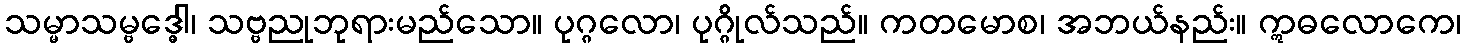
သမ္မာသမ္ဗဒ္ဓေါ၊ သဗ္ဗညုဘုရားမည်သော။ ပုဂ္ဂလော၊ ပုဂ္ဂိုလ်သည်။ ကတမောစ၊ အဘယ်နည်း။ ဣဓလောကေ၊